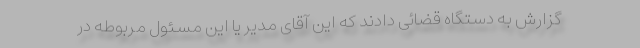
گزارش به دستگاه قضائی دادند که این آقای مدیر یا این مسئول مربوطه در